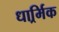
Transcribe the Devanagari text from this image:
धार्र्मिक